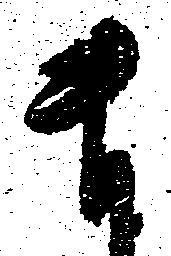
ま